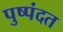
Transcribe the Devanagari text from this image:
पुष्पंदत